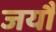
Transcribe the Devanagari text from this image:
जर्यौ